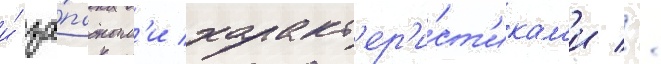
и́ за́падным'и характ'ер'и́ст'икам'и //